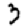
Digit: 3